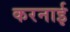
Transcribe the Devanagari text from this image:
करनाई